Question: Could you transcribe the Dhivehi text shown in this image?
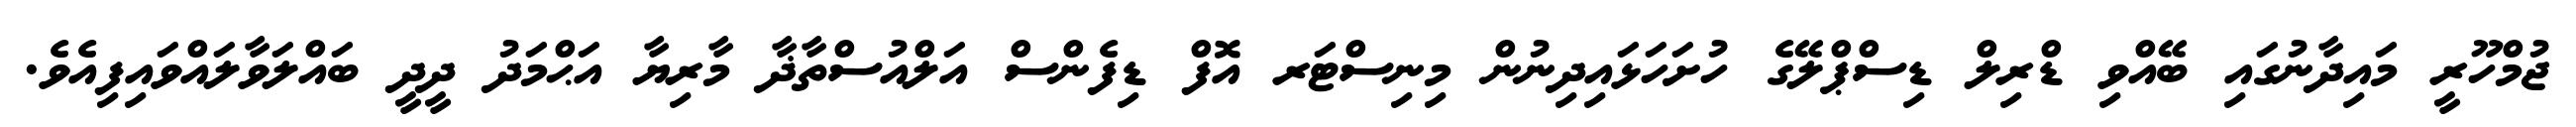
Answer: ޖުމްހޫރީ މައިދާނުގައި ބޭއްވި ޑްރިލް ޑިސްޕްލޭގެ ހުށަހަޅައިދިނުން މިނިސްޓަރ އޮފް ޑިފެންސް އަލްއުސްތާޛާ މާރިޔާ އަޙްމަދު ދީދީ ބައްލަވާލައްވައިފިއެވެ.